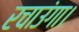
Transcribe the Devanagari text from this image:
रचाउंगा।